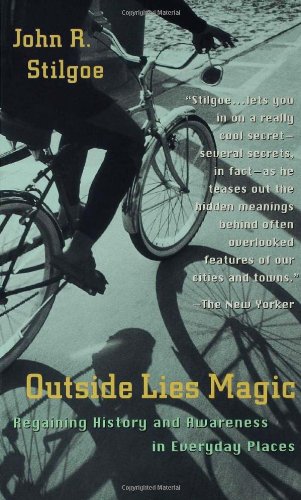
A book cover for Outside Lies Magic: Regaining History and Awareness in Everyday Places; John R. Stilgoe; Politics & Social Sciences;